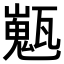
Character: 𤮞